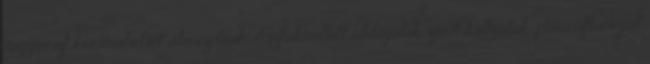
nagyrészt kocsmabelsőt ábrázolnak. Asztal mellett iddogálók, zenét hallgatók, parasztlánnyal